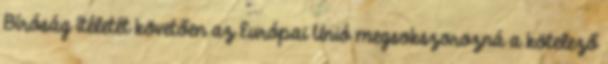
Bíróság ítéletét követően az Európai Unió megsokszorozná a kötelező